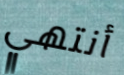
أنتهي